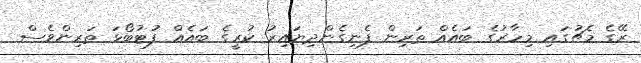
ރޭގެ މެޗުގައި މިހާރުގެ ބައެއް ތަރިން ފެނިގެންދިޔައިރު ކުރީގެ ބައެއް ފުޓުބޯޅަ ތަރިންވެސް